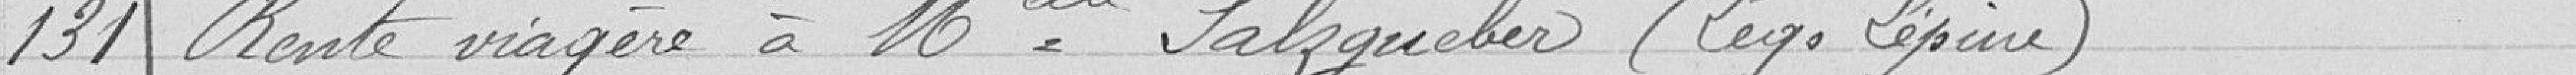
131 Rente viagère à Mademoiselle Salzgueber (legs Lépine)